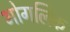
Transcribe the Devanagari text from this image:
भोगलिक